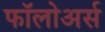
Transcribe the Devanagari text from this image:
फॉलोअर्स